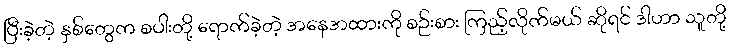
ပြီးခဲ့တဲ့ နှစ်တွေက စပါးတို့ ရောက်ခဲ့တဲ့ အနေအထားကို စဉ်းစား ကြည့်လိုက်မယ် ဆိုရင် ဒါဟာ သူတို့